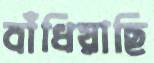
বাঁধিয়াছি